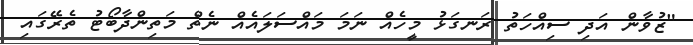
"ޒުވާން އަދި ސިއްހަތު ރަނގަޅު މީހެއް ނަމަ މައްސަލައެއް ނެތް މަތިންދާބޯޓު ތެރޭގައި